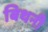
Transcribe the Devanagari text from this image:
बिथनी